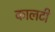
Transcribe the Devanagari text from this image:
कालटी